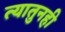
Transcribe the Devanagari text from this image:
त्यातुनही